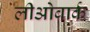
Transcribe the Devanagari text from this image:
लीओबार्क